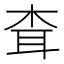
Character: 𦕂